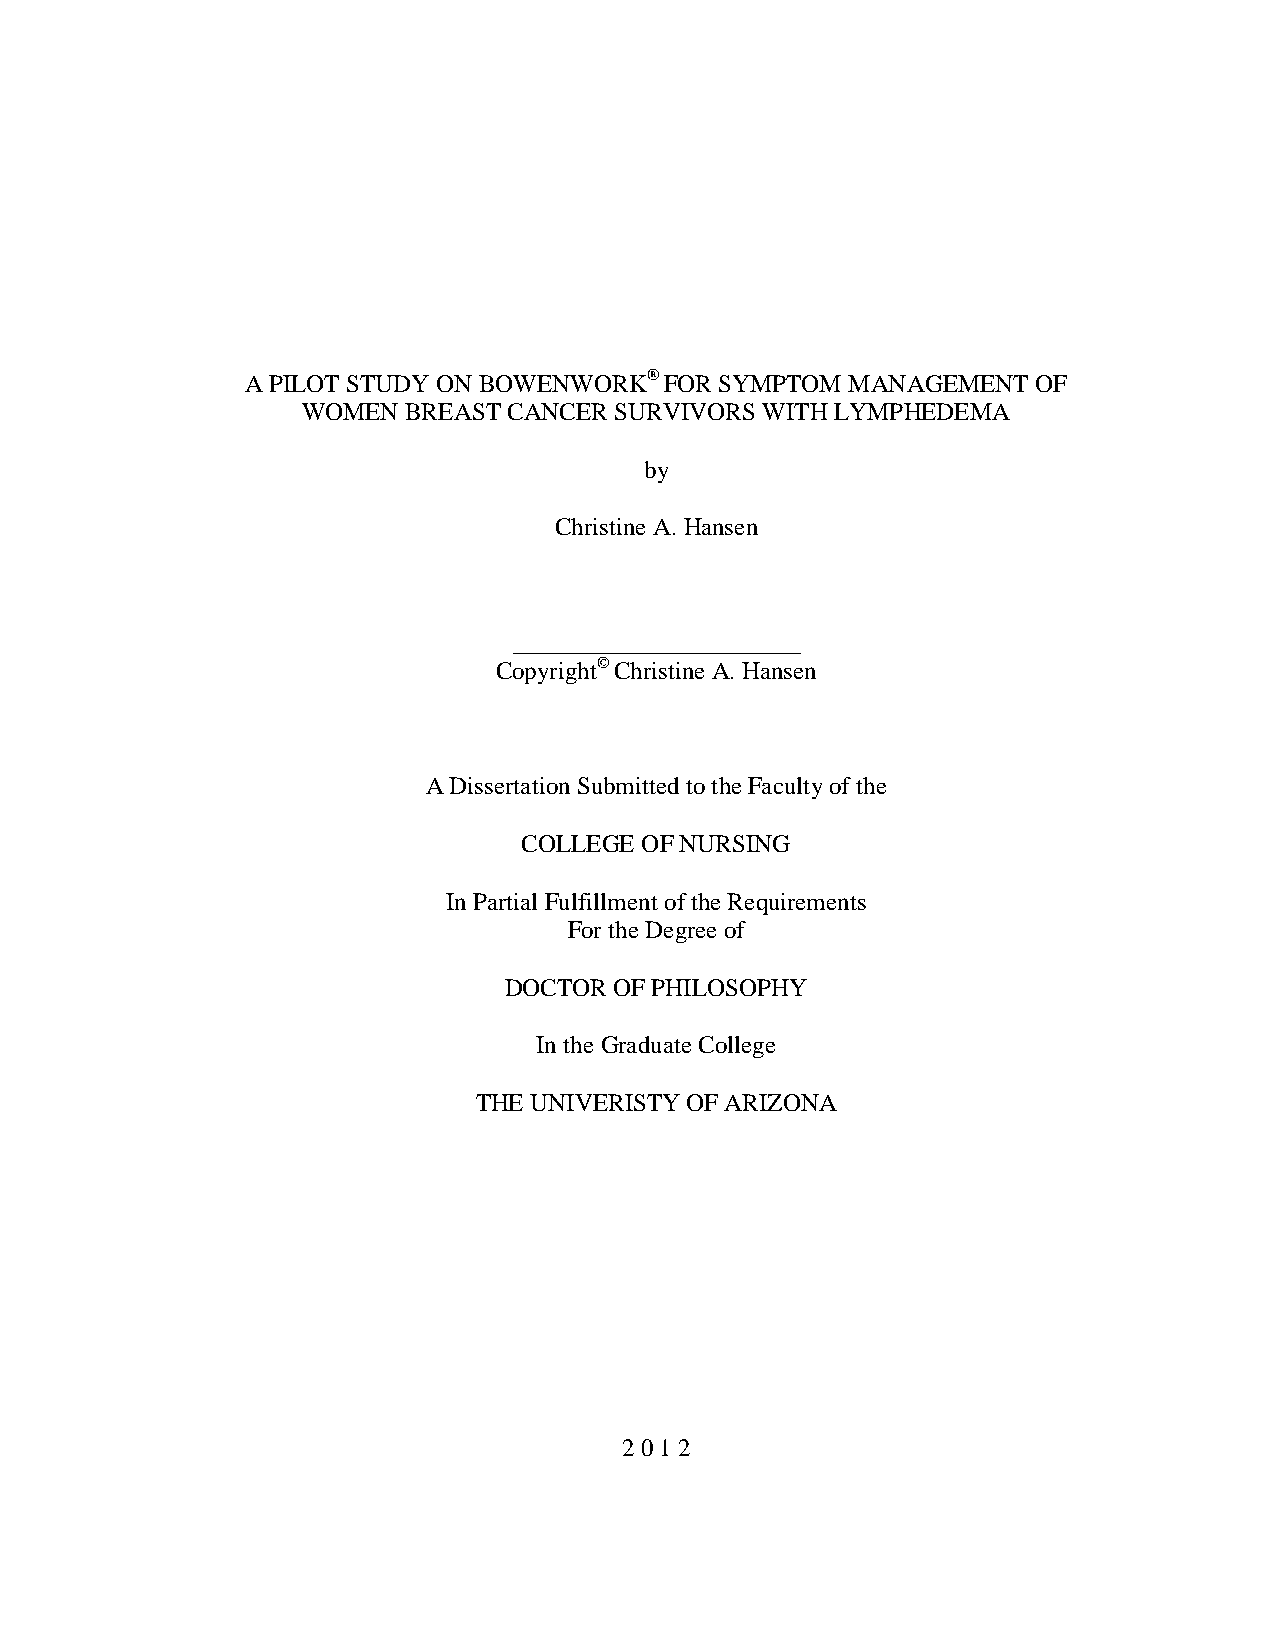
A PILOT STUDY ON BOWENWORK® FOR SYMPTOM MANAGEMENT   OF
 WOMEN  BREAST CANCER SURVIVORS WITH LYMPHEDEMA
 by
 Christine A. Hansen
 _______________________
 Copyright© Christine A. Hansen
 A Dissertation Submitted to the Faculty of the
 COLLEGE OF NURSING
 In Partial Fulfillment of the Requirements
 For the Degree of
 DOCTOR  OF PHILOSOPHY
 In the Graduate College
 THE UNIVERISTY OF ARIZONA
 2 0 1 2